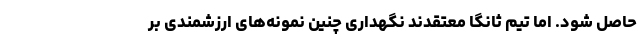
حاصل شود. اما تیم ثانگا معتقدند نگهداری چنین نمونه‌های ارزشمندی بر